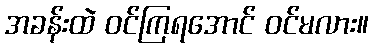
အခန်းထဲ ဝင်ကြရအောင် ဝင်မလား။